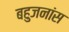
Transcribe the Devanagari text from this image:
बहुजनांस